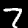
Label: 7